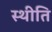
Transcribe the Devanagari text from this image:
स्थीति